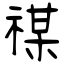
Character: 禖